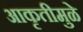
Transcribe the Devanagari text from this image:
आकृतीमुळे